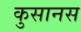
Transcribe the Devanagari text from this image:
कुसानस